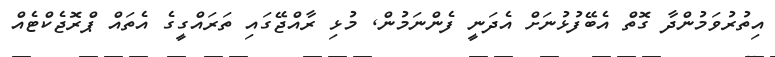
އިތުރުވަމުންދާ ގޮތް އެބޭފުޅުނަށް އެދަނީ ފެންނަމުން